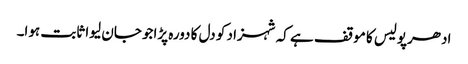
ادھرپولیس کا موقف ہے کہ شہزاد کو دل کا دورہ پڑاجو جان لیوا ثابت ہوا۔